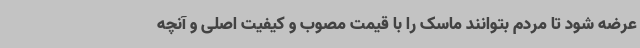
عرضه شود تا مردم بتوانند ماسک را با قیمت مصوب و کیفیت اصلی و آنچه